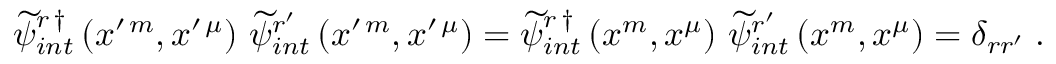
\begin{array} { r } { \widetilde { \psi } _ { i n t } ^ { r \, \dag } \left( x ^ { \prime \, m } , x ^ { \prime \, \mu } \right) \, \widetilde { \psi } _ { i n t } ^ { r ^ { \prime } } \left( x ^ { \prime \, m } , x ^ { \prime \, \mu } \right) = \widetilde { \psi } _ { i n t } ^ { r \, \dag } \left( x ^ { m } , x ^ { \mu } \right) \, \widetilde { \psi } _ { i n t } ^ { r ^ { \prime } } \left( x ^ { m } , x ^ { \mu } \right) = \delta _ { r r ^ { \prime } } \; . } \end{array}